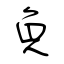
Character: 負